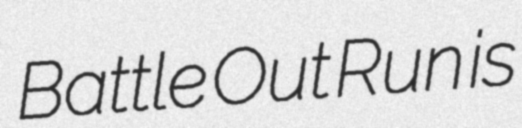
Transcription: Battle Out Run is